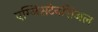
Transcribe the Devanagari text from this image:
एग्जिसटेनशिअल